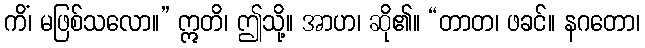
ကိံ၊ မဖြစ်သလော။” ဣတိ၊ ဤသို့။ အာဟ၊ ဆို၏။ “တာတ၊ ဖခင်။ နဂတော၊